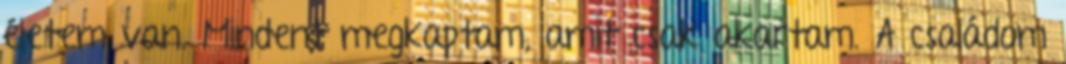
életem van. Mindent megkaptam, amit csak akartam. A családom